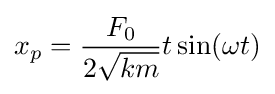
x_{p}={\frac {F_{0}}{2{\sqrt {km}}}}t\sin(\omega t)